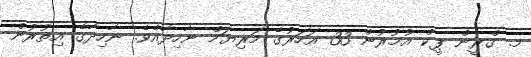
މ. ގްރީން ޕީކް އުމުރުން 33 އަހަރުގެ މަރިޔަމް ނާހިދާއެވެ. ނާހިދާގެ އިތުރުން